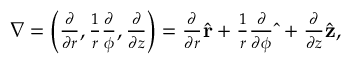
\begin{array} { r } { \nabla = \left( \frac { \partial } { \partial r } , \frac { 1 } { r } \frac { \partial } { \phi } , \frac { \partial } { \partial z } \right) = \frac { \partial } { \partial r } \hat { \bf r } + \frac { 1 } { r } \frac { \partial } { \partial \phi } \hat { \bf \Phi } + \frac { \partial } { \partial z } \hat { \bf z } , } \end{array}